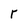
Character: r